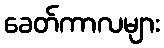
ခေတ်ကာလများ